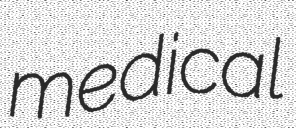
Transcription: medical